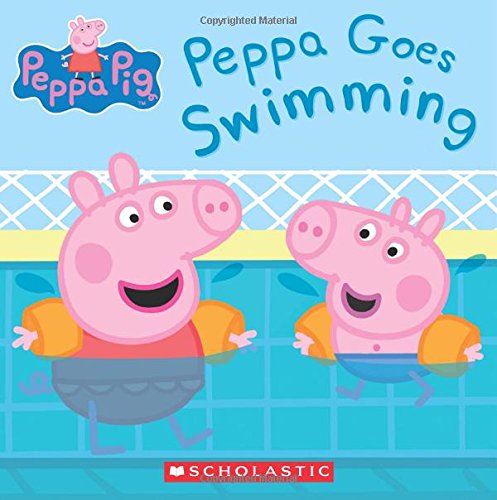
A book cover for Peppa Pig: Peppa Goes Swimming; Scholastic; Children's Books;